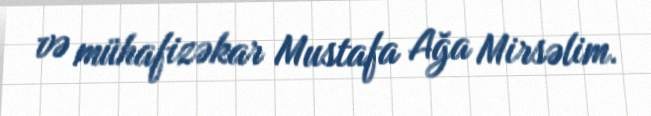
və mühafizəkar Mustafa Ağa Mirsəlim.